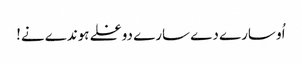
اُو سارے دے سارے دوغلے ہوندے نے!